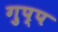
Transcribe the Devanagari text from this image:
गुप्प